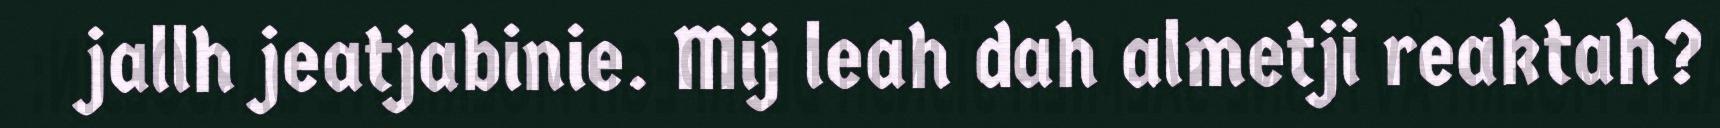
jallh jeatjabinie. Mij leah dah almetji reaktah?